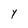
Character: Y